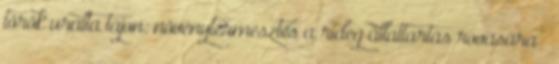
török uralta tájon: növénytermesztés a rideg állattartás rovására –